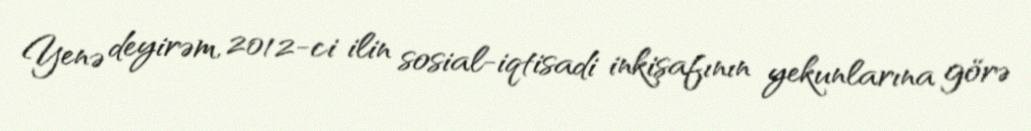
Yenə deyirəm, 2012-ci ilin sosial-iqtisadi inkişafının yekunlarına görə